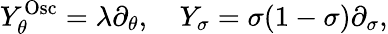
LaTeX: Y_{\theta}^{\mathrm{Osc}}=\lambda\partial_{\theta},\quad Y_{\sigma}=\sigma(1-\sigma)\partial_{\sigma},